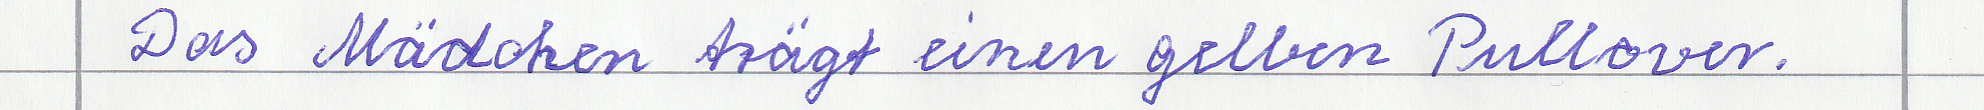
Das Mädchen trägt einen gelben Pullover.